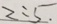
2 : 5 .